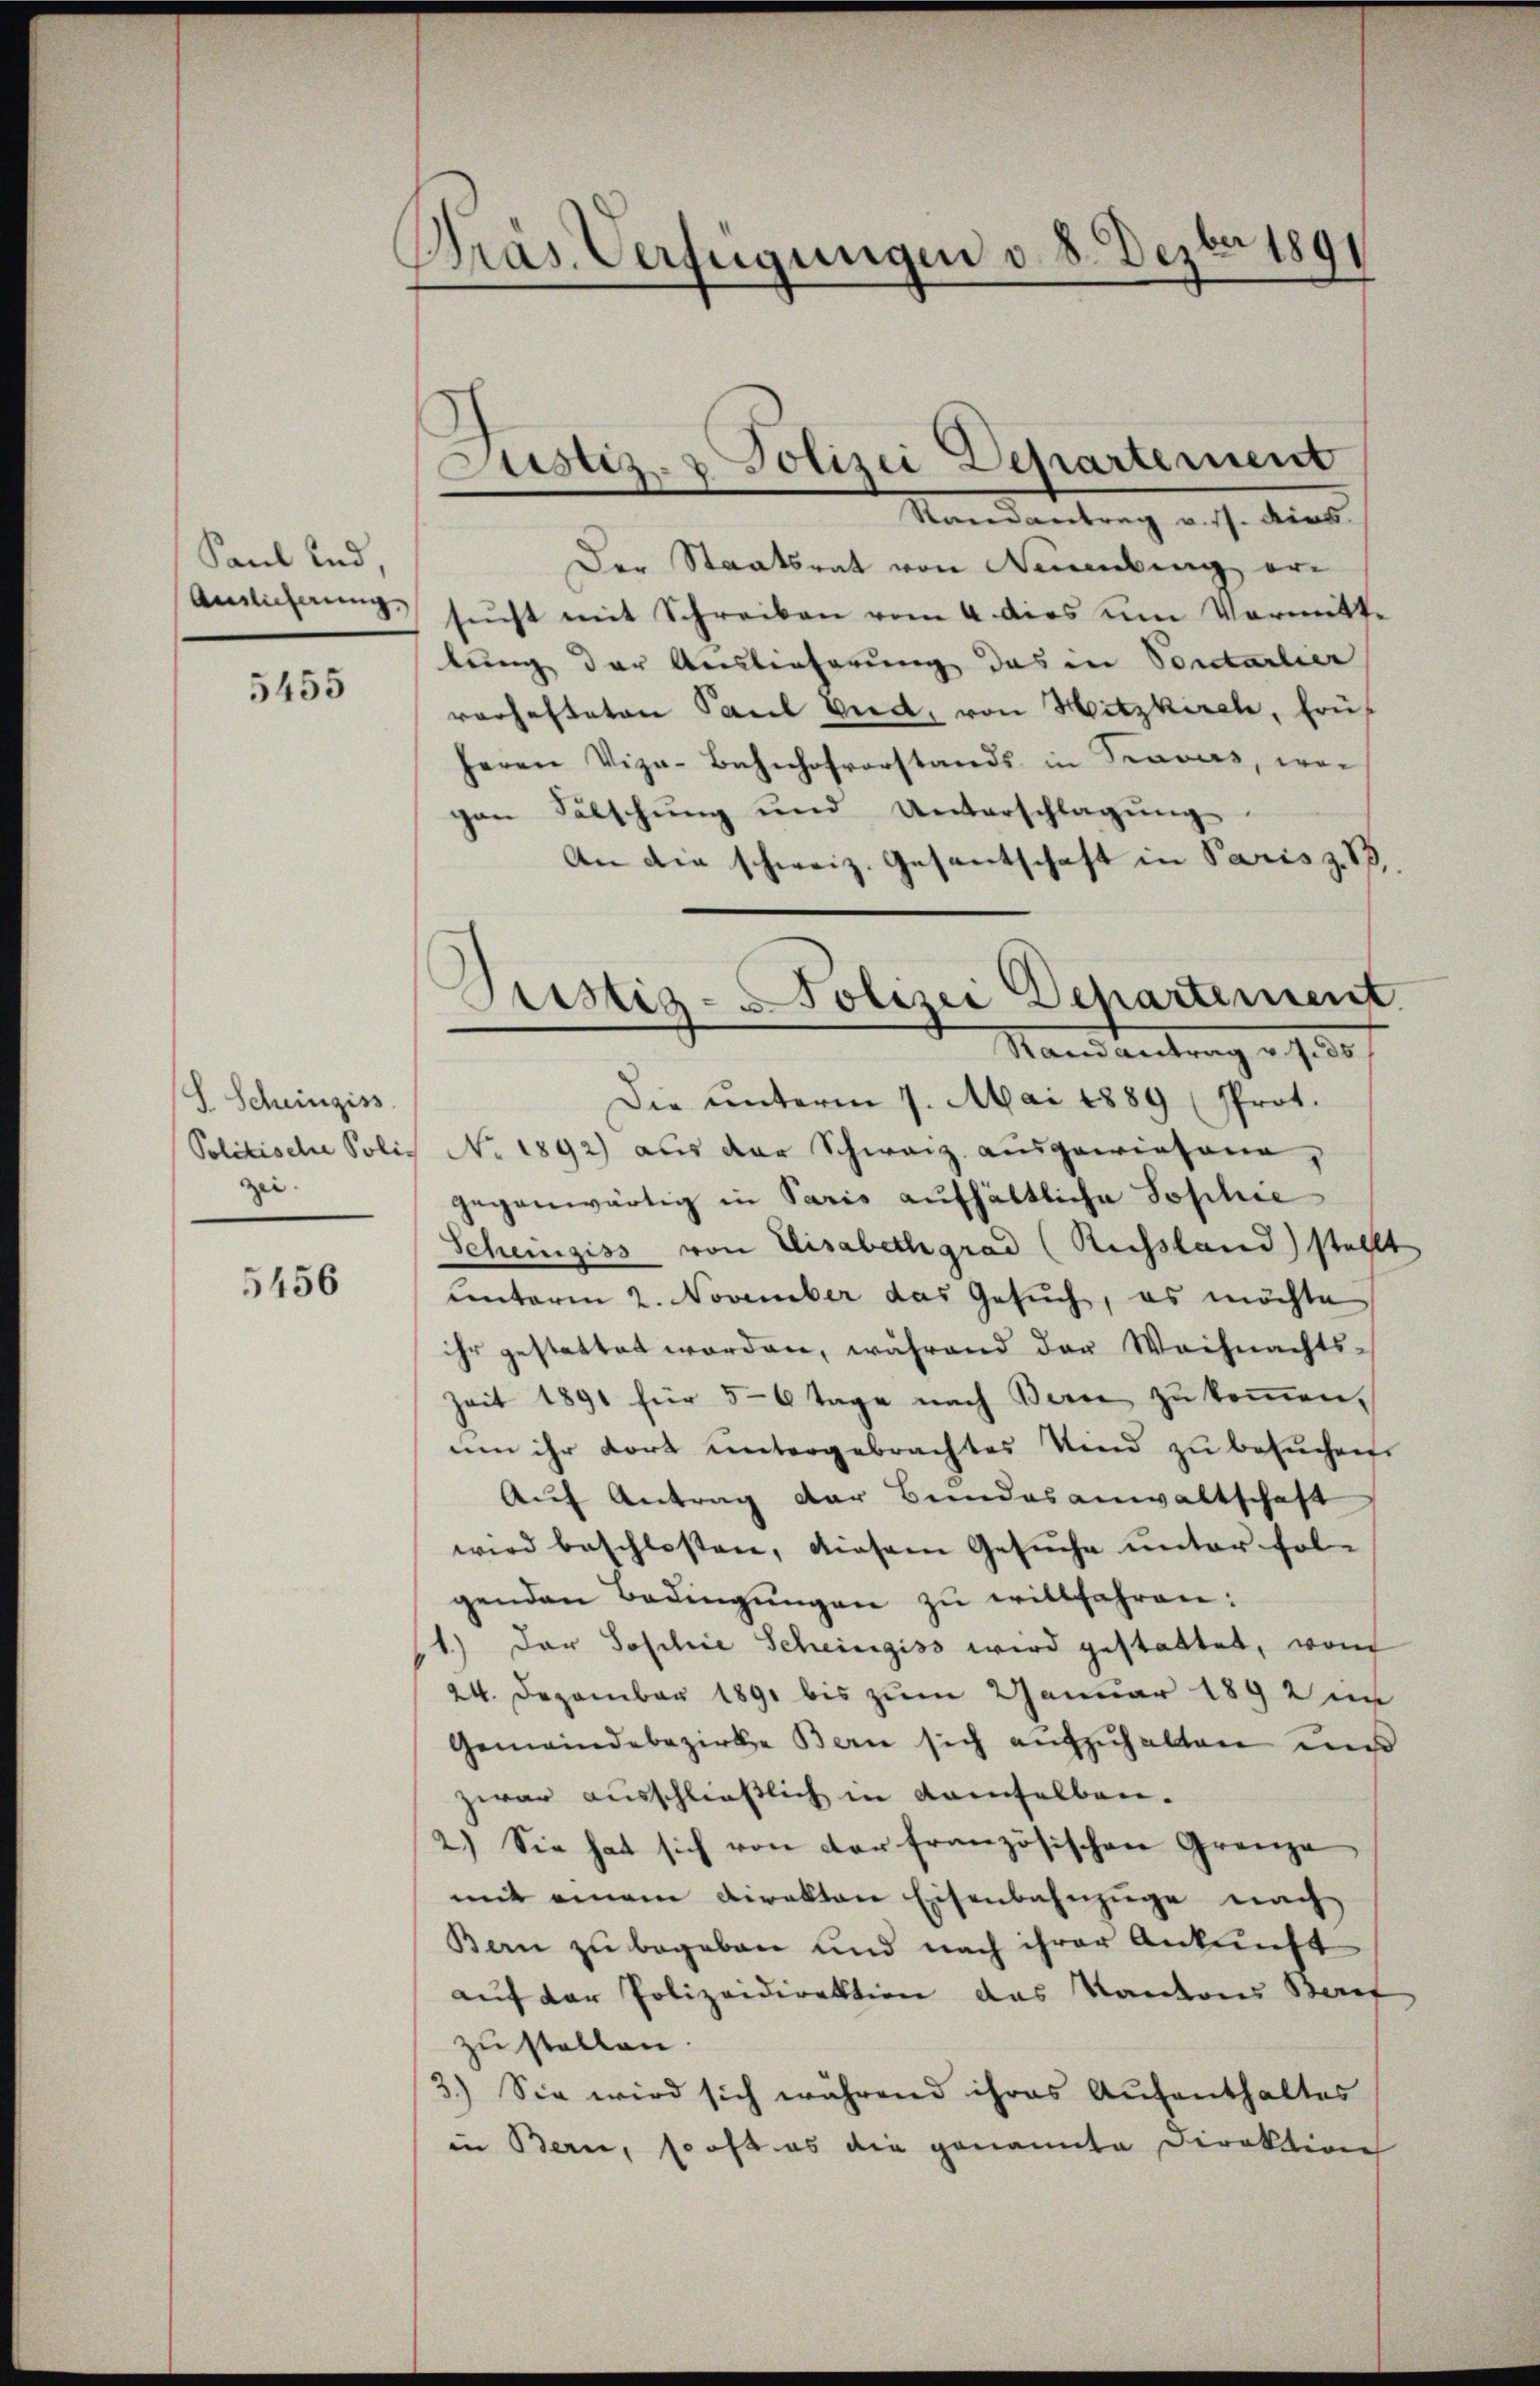
Paul und,
Auslieferung

5455

S. Scheingiss
zei- |

5456

Präs. Verfügungen v. 8. Dezbr 1891

Justiz- & Polizei Departement

Randantrag v. Js. diens.
Der Staatsrat von Neuenburg ersŭcht mit Schreiben vom 4. dies um Vormitte
lung der Auslieferung das in Sontarlier
varhafteten Paul Vid, von Hitzkirch, frü
Herrn Vize-Bahnhofvorstands in Traves, wei
gen Fälschung und Unterschlagŭng.
An die schweiz. Gesantschaft in Paris z. B.
Die unterm 7. Mai 1889 (Prot.
Politische Poliz No. 1892) aus der Schweiz ausgewiesene,
gegenwärtig in Paris aufhältliche Sophie
Schemigiss von Elisabethgrad (Rechsland) stellt
unterm 2. November das Gesuch, es möchte
ihr gestattet worden, während der Weihnachts-
Zeit 1891 für 5-6 Tage nach Berne zu kommen,
um ihr dort untergebrachtes Kind zu besuchen.
Auf Antrag der Bundesanwaltschaft
wird beschlossen, diesem Gesuche unter folgenden Bedingŭngen zŭ willfahren:
1.) Der Poschie Scheingiss wird gestattet, von
24. Dezember 1891 bis zum Januar 1892 in
Gemeindebezirke Bern sich aŭfzŭhalten und
zwar ausschließlich in demselben.
2.) Sie hat sich von der französischen Grenze
mit einem Direkten Eisenbahnzüge nach
Bern zu begeben und nach ihrer Ankunft
auf der Polizeidirektion das Kantons Beruf
zu stellen
3.) Sie wird sich während ihres Aufenthaltes
in Bern, so oft es die genannte Direktion

Pristig - Polizei Departement
Stand antrag v. J. ds